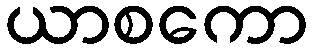
ယာစကော